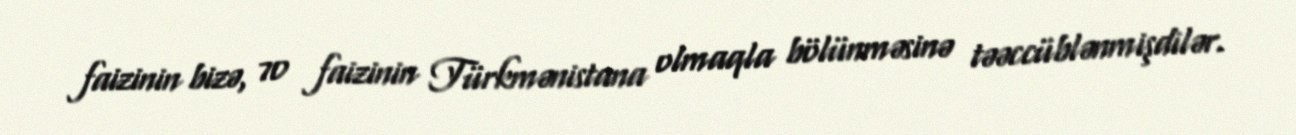
faizinin bizə, 70 faizinin Türkmənistana olmaqla bölünməsinə təəccüblənmişdilər.